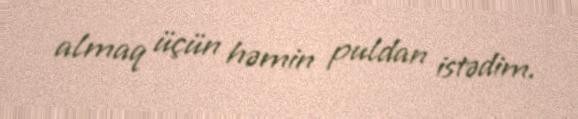
almaq üçün həmin puldan istədim.